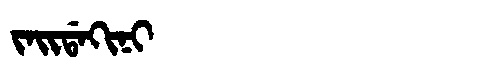
Manchu: ᠵᠠᡳᡩᠠᡴᡳᠨᡳ
Romanization: JAIDAKINI